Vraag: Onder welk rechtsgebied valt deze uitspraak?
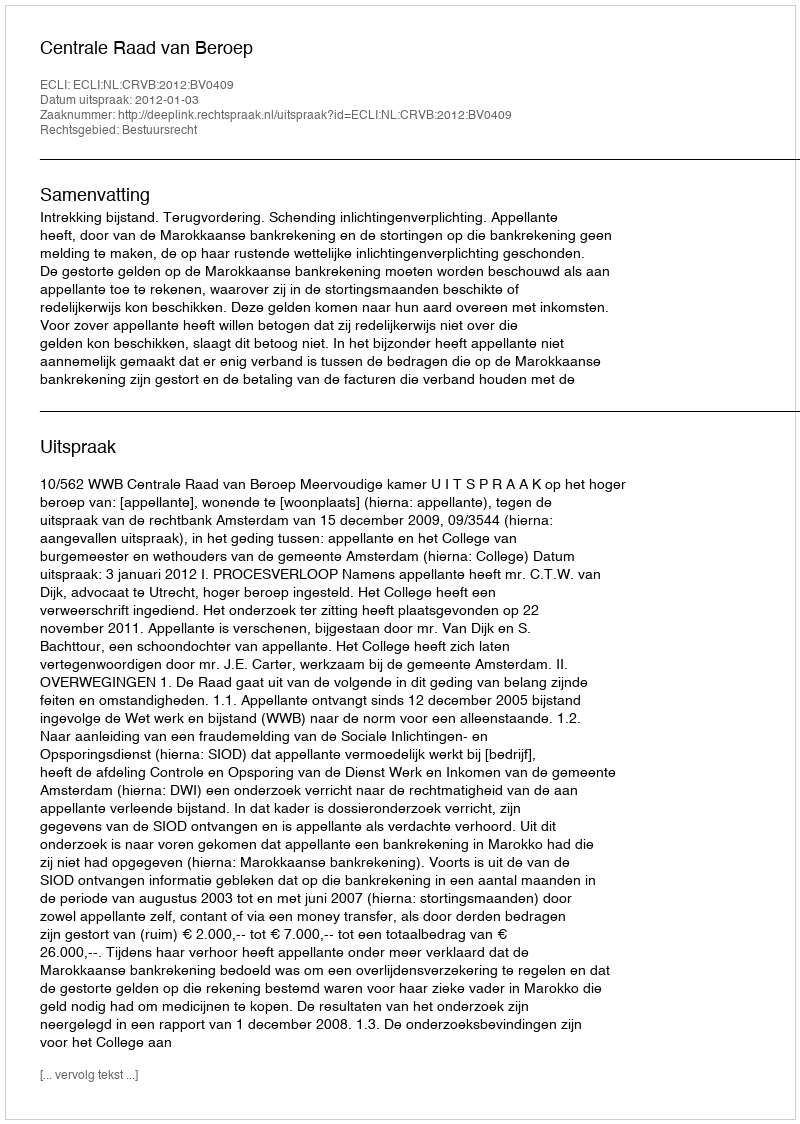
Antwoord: Bestuursrecht